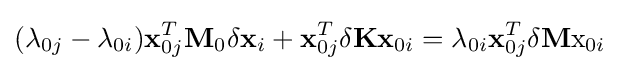
(\lambda _{0j}-\lambda _{0i})\mathbf {x} _{0j}^{T}\mathbf {M} _{0}\delta \mathbf {x} _{i}+\mathbf {x} _{0j}^{T}\delta \mathbf {K} \mathbf {x} _{0i}=\lambda _{0i}\mathbf {x} _{0j}^{T}\delta \mathbf {M} \mathrm {x} _{0i}